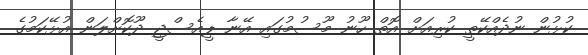
ކުޅުން ނުދެއްކޭތީ ކުރިއަށް އޮތް ހޫނު މޫސުމުގައި އޭނާ ޕީއެސްޖީ ދޫކޮށްލަން އުޅޭކަމުގެ